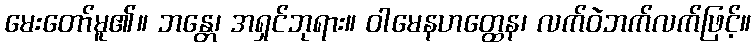
မေးတော်မူ၏။ ဘန္တေ၊ အရှင်ဘုရား။ ဝါမေနဟတ္ထေန၊ လက်ဝဲဘက်လက်ဖြင့်။